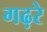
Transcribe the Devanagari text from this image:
गढ़रे